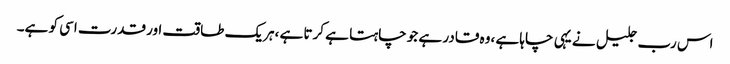
اس رب جلیل نے یہی چاہا ہے ،وہ قادر ہے جو چاہتا ہے کرتا ہے ،ہریک طاقت اور قدرت اسی کو ہے۔